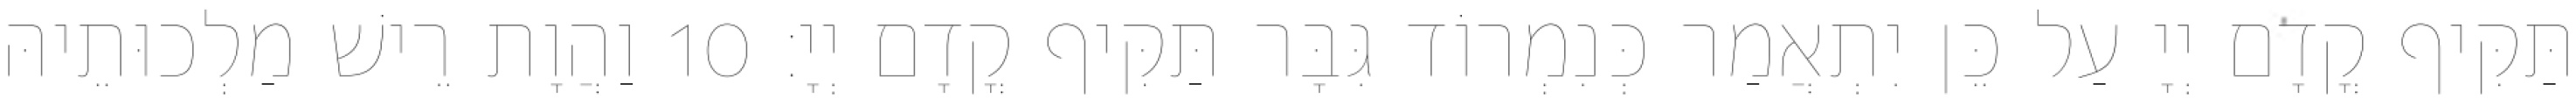
תַּקִּיף קֳדָם יְיָ עַל כֵּן יִתְאֲמַר כְּנִמְרוֹד גִּבָּר תַּקִּיף קֳדָם יְיָ׃ 10 וַהֲוָת רֵישׁ מַלְכוּתֵיהּ